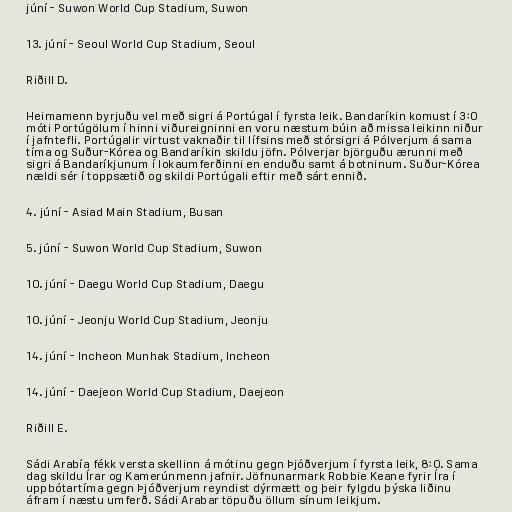
júní - Suwon World Cup Stadium, Suwon

13. júní - Seoul World Cup Stadium, Seoul

Riðill D.

Heimamenn byrjuðu vel með sigri á Portúgal í fyrsta leik. Bandaríkin komust í 3:0
móti Portúgölum í hinni viðureigninni en voru næstum búin að missa leikinn niður
í jafntefli. Portúgalir virtust vaknaðir til lífsins með stórsigri á Pólverjum á sama
tíma og Suður-Kórea og Bandaríkin skildu jöfn. Pólverjar björguðu ærunni með
sigri á Bandaríkjunum í lokaumferðinni en enduðu samt á botninum. Suður-Kórea
nældi sér í toppsætið og skildi Portúgali eftir með sárt ennið.

4. júní - Asiad Main Stadium, Busan

5. júní - Suwon World Cup Stadium, Suwon

10. júní - Daegu World Cup Stadium, Daegu

10. júní - Jeonju World Cup Stadium, Jeonju

14. júní - Incheon Munhak Stadium, Incheon

14. júní - Daejeon World Cup Stadium, Daejeon

Riðill E.

Sádi Arabía fékk versta skellinn á mótinu gegn Þjóðverjum í fyrsta leik, 8:0. Sama
dag skildu Írar og Kamerúnmenn jafnir. Jöfnunarmark Robbie Keane fyrir Íra í
uppbótartíma gegn Þjóðverjum reyndist dýrmætt og þeir fylgdu þýska liðinu
áfram í næstu umferð. Sádi Arabar töpuðu öllum sínum leikjum.